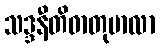
သဒ္ဒနီတိဓာတုမာလာ